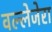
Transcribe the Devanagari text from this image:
वल्लेजेरा